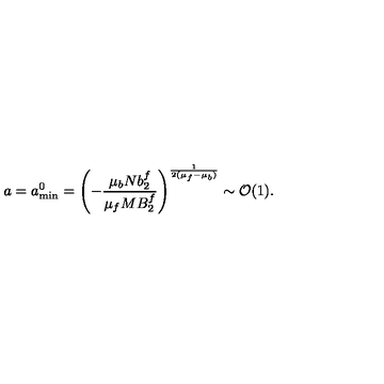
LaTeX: a = a _ { \mathrm { m i n } } ^ { 0 } = \left( - { \frac { \mu _ { b } N b _ { 2 } ^ { f } } { \mu _ { f } M B _ { 2 } ^ { f } } } \right) ^ { \frac { 1 } { 2 ( \mu _ { f } - \mu _ { b } ) } } \sim { \cal O } ( 1 ) .